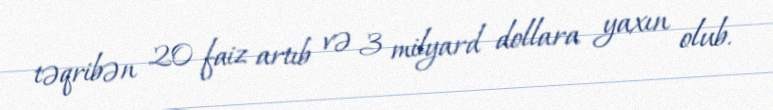
təqribən 20 faiz artıb və 3 milyard dollara yaxın olub.